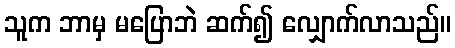
သူက ဘာမှ မပြောဘဲ ဆက်၍ လျှောက်လာသည်။